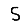
Digit: 5